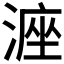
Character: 𪶶